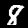
Digit: 8